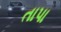
તાપા